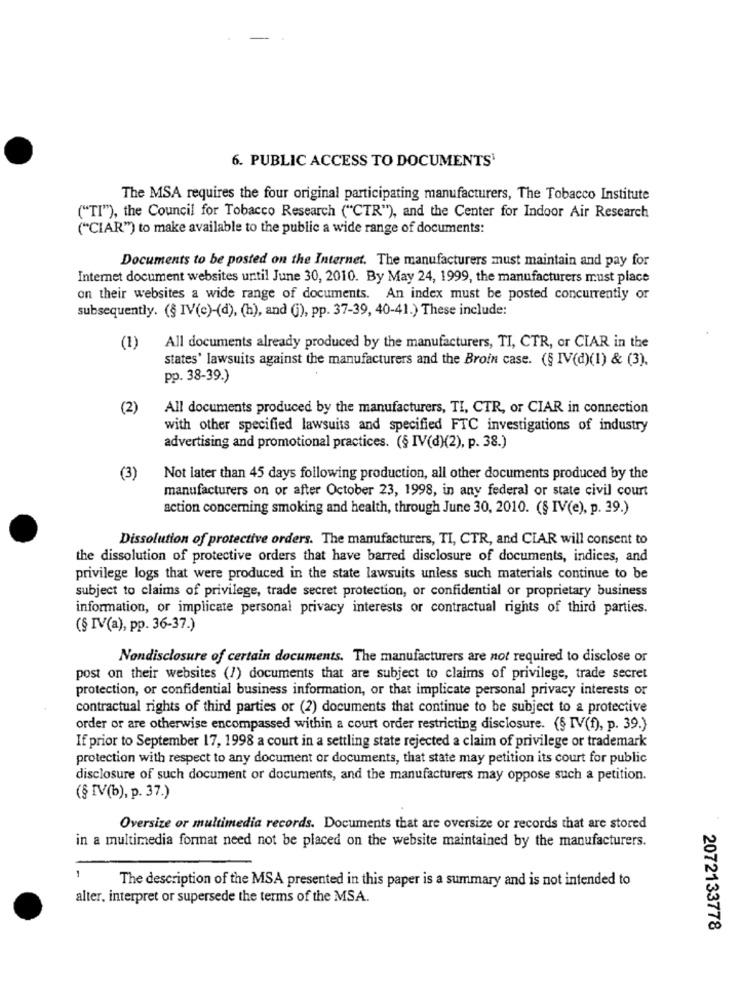
6. PUBLIC ACCESS TO DOCUMENTS'
The MSA requires the four original participating manufacturers, The Tobacco Institute
("TI"), the Council for Tobacco Research ("CTR"), and the Center for Indoor Air Research
("CIAR") to make available to the public a wide range of documents:
Documents to be posted on the Internet. The manufacturers must maintain and pay for
Internet document websites until June 30, 2010. By May 24, 1999, the manufacturers must place
on their websites a wide range of documents. An index must be posted concurrently or
subsequently. (§ IV(e)-(d), (h), and (i), pp. 37-39, 40-41.) These include:
(1)
All documents already produced by the manufacturers, TI, CTR, or CIAR in the
states' lawsuits against the manufacturers and the Broin case. (§ IV(d)(1) & (3).
pp. 38-39.)
(2)
All documents produced by the manufacturers, TI, CTR, or CIAR in connection
with other specified lawsuits and specified FTC investigations of industry
advertising and promotional practices. (§ IV(d)(2), p. 38.)
(3)
Not later than 45 days following production, all other documents produced by the
manufacturers on or after October 23, 1998, in any federal or state civil court
action concerning smoking and health, through June 30, 2010. (§ IV(e), p. 39.)
Dissolution of protective orders. The manufacturers, TI, CTR, and CLAR will consent to
the dissolution of protective orders that have barred disclosure of documents, indices, and
privilege logs that were produced in the state lawsuits unless such materials continue to be
subject to claims of privilege, trade secret protection, or confidential or proprietary business
information, or implicate personal privacy interests or contractual rights of third parties.
(§ IV(a), pp. 36-37.)
Nondisclosure of certain documents. The manufacturers are not required to disclose or
post on their websites (/) documents that are subject to claims of privilege, trade secret
protection, or confidential business information, or that implicate personal privacy interests or
contractual rights of third parties or (2) documents that continue to be subject to a protective
order or are otherwise encompassed within a court order restricting disclosure. (§ IV(f), p. 39.)
If prior to September 17, 1998 a court in a settling state rejected a claim of privilege or trademark
protection with respect to any document or documents, that state may petition its court for public
disclosure of such document or documents, and the manufacturers may oppose such a petition.
(§ IV(b), p. 37.)
Oversize or multimedia records. Documents that are oversize or records that are stored
in a multimedia format need not be placed on the website maintained by the manufacturers.
1
The description of the MSA presented in this paper is a summary and is not intended to
alter, interpret or supersede the terms of the MSA.
2072133778